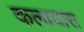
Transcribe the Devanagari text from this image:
कलादास